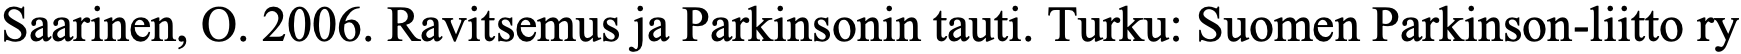
Saarinen, O. 2006. Ravitsemus ja Parkinsonin tauti. Turku: Suomen Parkinson-liitto ry